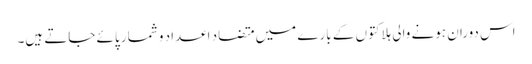
اس دوران ہونے والی ہلاکتوں کے بارے میں متضاد اعداد و شمار پائے جاتے ہیں۔